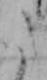
た